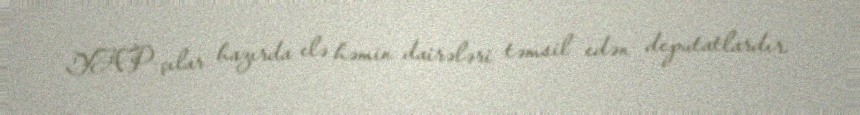
YAP-çılar hazırda elə həmin dairələri təmsil edən deputatlardır.